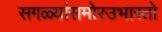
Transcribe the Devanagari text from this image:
सगळ्यांसमोरउभारतो